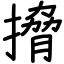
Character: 搚